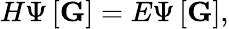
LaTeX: H\Psi\left[\mathbf{G}\right]=E\Psi\left[\mathbf{G}\right],